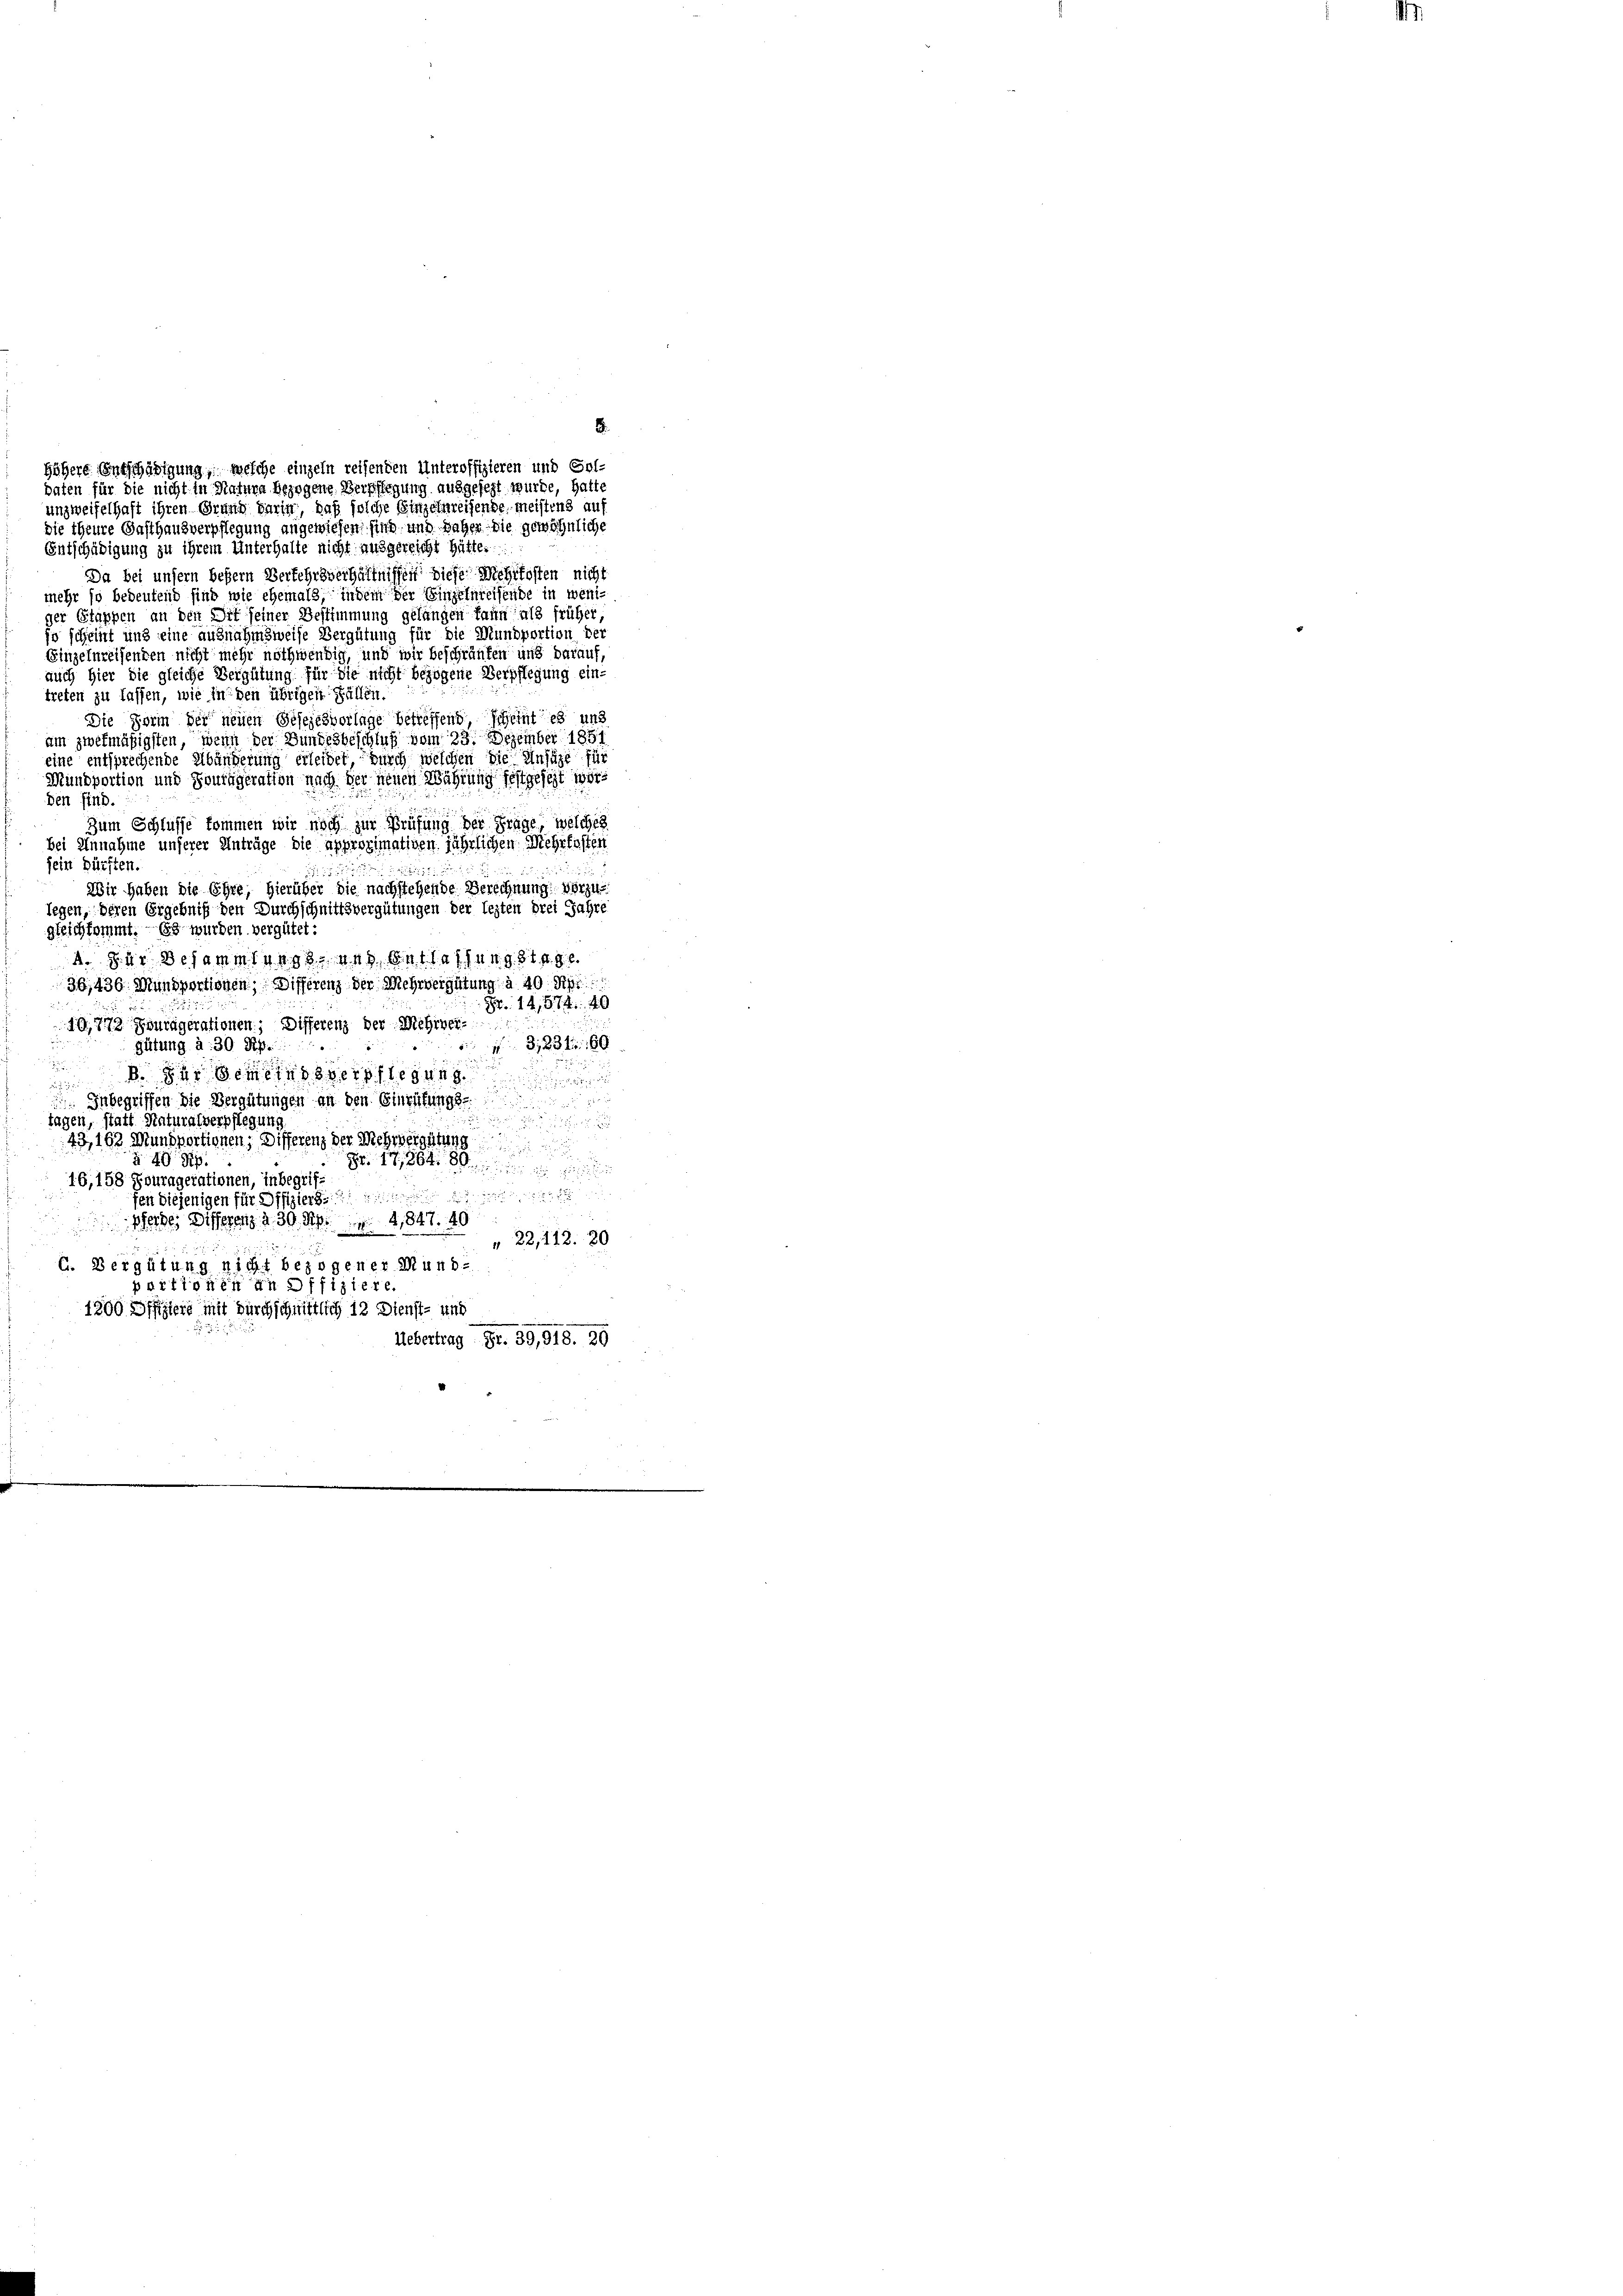
höhere Entschädigung, welche einzeln reisenden Unteroffizieren und Soldaten für die nicht in Natura bezogene Verpflegung ausgefegt würde, hatte
unzweifelhaft ihren Grand darin, daß solche Einzelnreihende, meistens auf
die theure Gasthausverpflegung angewiesen, sind und daher die gewöhnliche
Entschädigung zu ihrem Unterhalte nicht ausgereicht hätte.
Da bei unsern bessern Verkehrsverhältnissen diese Mehrkosten nicht
mehr so bedeutend sind wie ehemals, indem der Einzelnreisende in weniger Stappen an den Dir seiner Bestimmung gelangen kann als früher,
so scheint und eine ausnahmsweise Vergütung für die Mundportion der
Einzelnreisenden nicht mehr nothwendig, und wir beschränken und darauf,
auch hier die gleiche Vergütung für die nicht bezogene Verpflegung ein-
treten zu lassen, wie in den übrigen Fällen.
Die Form der neuen Gesezesvorlage betreffend scheint es uns
um zwekmäßigsten, wenn der Bundesbeschluß vom 23. Dezember 1851
eine entsprechende Abänderung erleidet durch welchen die Anfüge für
Mündportion und Soutägeration nach der neuen Währung festgesezt worden sind.
Zum Schlusse kommen wir noch zur Prüfung der Frage, welches
bei Annahme unserer Anträge die approximativen jährlichen Mehrkosten
fein Dürften.
Wir haben die Ehre, hierüber die nachstehende Berechnung: vorzulegen, deren Ergebniß den Durchschnittsvergütungen der lezten drei Jahre
gleichkommt. Es wurden vergütet:
4. 84. Besammlung und Belassung 819.
36,436. Mansportionen, Differenz der Mehrvergütung à 40. Apr
S. 14,574. 40
1.O. 773 Fouragerationen; Differenz der Mehrver¬
13, 234. 60
gütung a. 30 Rp.
. der Gemeindsverpflegung

 Inbegriffen die Vergütungen an den Einrüfungs
tagen, statt Naturalverpflegung

43, 163 Wundtortionen, Differenz der Mehrvergütung

40 Rp.
 1864 80
16, 158 Fouragerationen, inbegrifgen diejenigen für Offiziers
2
Werde Differenz d. 30 Rp. 14,847. 40

22,112. 20
C. Vergütung nicht bezogener Mundportionen an offiziere.
1200 Offiziere mit durchschnittlich 12 Dienst- und
Uebertrag Fr. 39,918. 30

8.